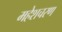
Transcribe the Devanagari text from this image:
महेशचरण